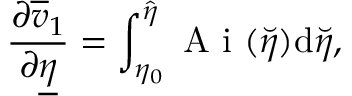
\frac { \partial \overline { { v } } _ { 1 } } { \partial \underline { { \eta } } } = \int _ { \eta _ { 0 } } ^ { \hat { \eta } } \mathrm { ~ A ~ i ~ } ( \breve { \eta } ) \mathrm { d } \breve { \eta } ,